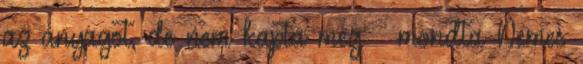
az anyagot, de nem kapta meg – mondta Nemes